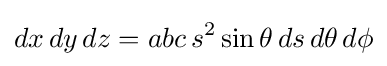
dx\,dy\,dz=abc\,s^{2}\sin \theta \,ds\,d\theta \,d\phi